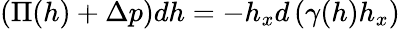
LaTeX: \left(\Pi(h)+\Delta p\right)dh=-h_{x}d\left(\gamma(h)h_{x}\right)